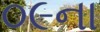
૦૯ના